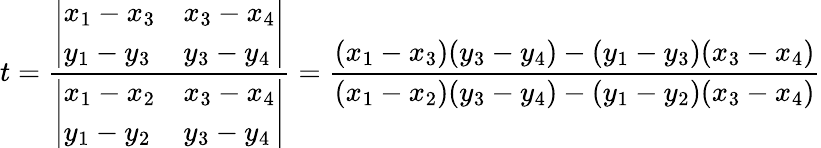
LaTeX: t={\frac{\left|\begin{array}{ll}{x_{1}-x_{3}}&{x_{3}-x_{4}}\\ {y_{1}-y_{3}}&{y_{3}-y_{4}}\end{array}\right|}{\left|\begin{array}{ll}{x_{1}-x_{2}}&{x_{3}-x_{4}}\\ {y_{1}-y_{2}}&{y_{3}-y_{4}}\end{array}\right|}}={\frac{(x_{1}-x_{3})(y_{3}-y_{4})-(y_{1}-y_{3})(x_{3}-x_{4})}{(x_{1}-x_{2})(y_{3}-y_{4})-(y_{1}-y_{2})(x_{3}-x_{4})}}